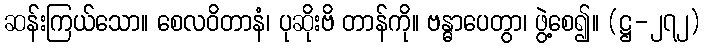
ဆန်းကြယ်သော။ စေလဝိတာနံ၊ ပုဆိုးဗိ တာန်ကို။ ဗန္ဓာပေတွာ၊ ဖွဲ့စေ၍။ (ဋ္ဌ-၂၇၂)